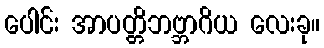
ပေါင်း အာပတ္တိဘဗ္ဘာဂိယ လေးခု။